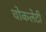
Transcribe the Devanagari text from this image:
चोकलेटी